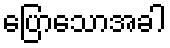
ပြောသောအခါ